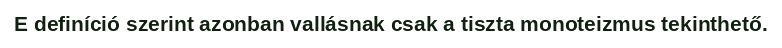
E definíció szerint azonban vallásnak csak a tiszta monoteizmus tekinthető.